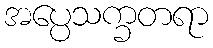
အပ္ပေသက္ခတရာ